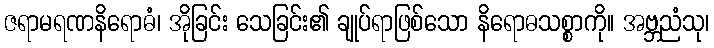
ဇရာမရဏနိရောဓံ၊ အိုခြင်း သေခြင်း၏ ချုပ်ရာဖြစ်သော နိရောဓသစ္စာကို။ အဗ္ဘညံသု၊